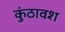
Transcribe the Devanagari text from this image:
कुंठावश